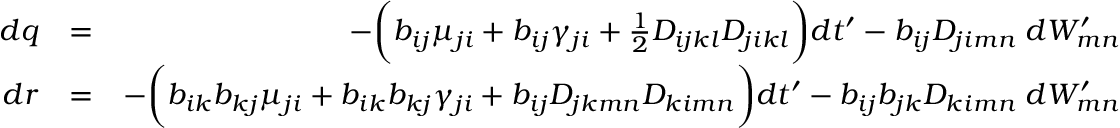
\begin{array} { r l r } { d q } & { = } & { - \bigg ( b _ { i j } \mu _ { j i } + b _ { i j } \gamma _ { j i } + \frac { 1 } { 2 } D _ { i j k l } D _ { j i k l } \bigg ) d t ^ { \prime } - b _ { i j } D _ { j i m n } \; d W _ { m n } ^ { \prime } } \\ { d r } & { = } & { - \bigg ( b _ { i k } b _ { k j } \mu _ { j i } + b _ { i k } b _ { k j } \gamma _ { j i } + b _ { i j } D _ { j k m n } D _ { k i m n } \bigg ) d t ^ { \prime } - b _ { i j } b _ { j k } D _ { k i m n } \; d W _ { m n } ^ { \prime } } \end{array}